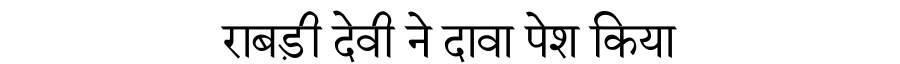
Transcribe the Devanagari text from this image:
राबड़ी देवी ने दावा पेश किया